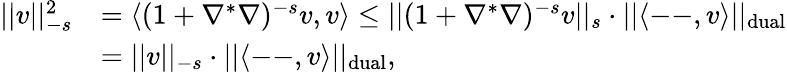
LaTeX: \begin{array}{rl}{||v||_{-s}^{2}}&{=\langle(1+\nabla^{\ast}\nabla)^{-s}v,v\rangle\leq||(1+\nabla^{\ast}\nabla)^{-s}v||_{s}\cdot||\langle\mathrm{--},v\rangle||_{\mathrm{dual}}}\\ &{=||v||_{-s}\cdot||\langle\mathrm{--},v\rangle||_{\mathrm{dual}},}\end{array}